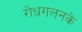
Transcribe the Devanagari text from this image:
रोधगलनके